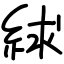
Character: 絿